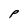
Character: p